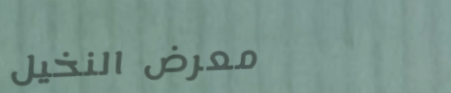
معرض النخيل